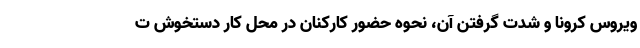
ویروس کرونا و شدت گرفتن آن، نحوه حضور کارکنان در محل کار دستخوش ت